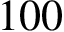
1 0 0